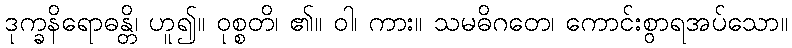
ဒုက္ခနိရောဓန္တိ၊ ဟူ၍။ ဝုစ္စတိ၊ ၏။ ဝါ၊ ကား။ သမဓိဂတေ၊ ကောင်းစွာရအပ်သော။